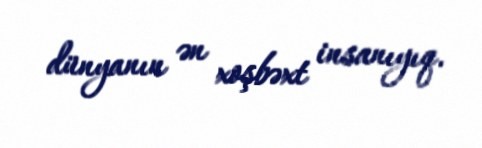
dünyanın ən xoşbəxt insanıyıq.